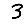
Digit: 3